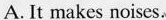
A. It makes noises.